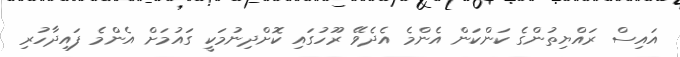
އައިސް ރައްޔިތުންގެ ކަންކަން އެންމެ އެދެވޭ ރޫހުގައި ކޮށްދިނުމަކީ ގައުމަށް އެންމެ ފައިދާހުރި